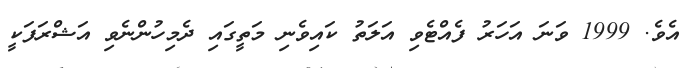
އެވެ. 1999 ވަނަ އަހަރު ފެއްޓެވި އަލަތު ކައިވެނި މަތީގައި ދެމިހުންނެވި އަޝްރަފަކީ